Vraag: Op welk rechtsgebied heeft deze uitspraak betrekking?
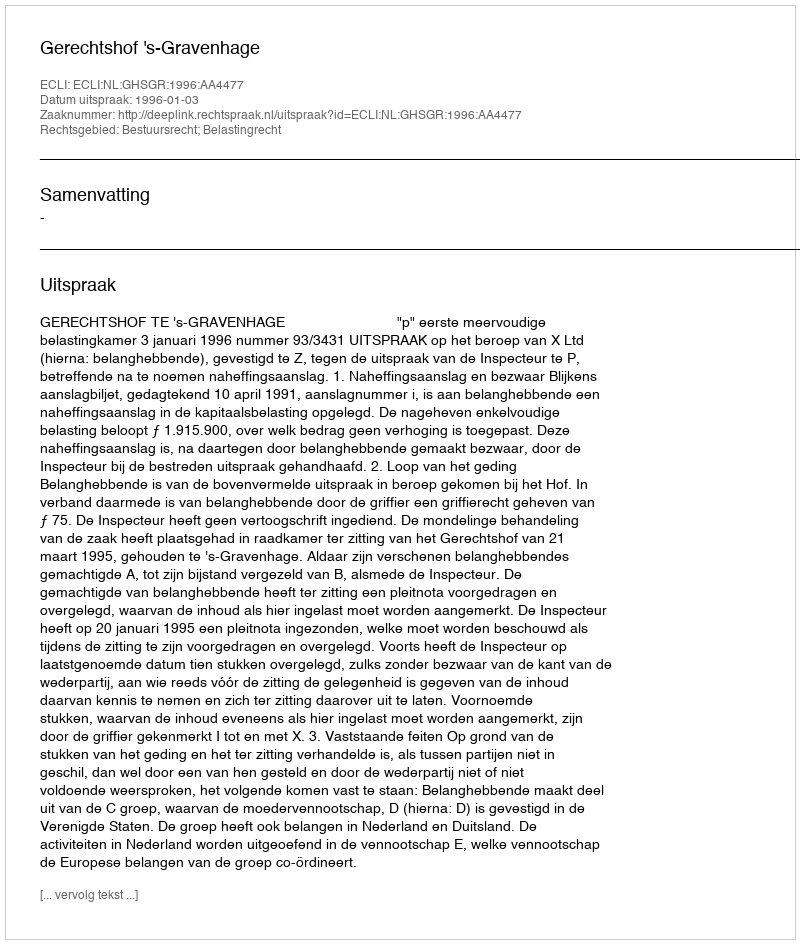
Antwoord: Bestuursrecht; Belastingrecht